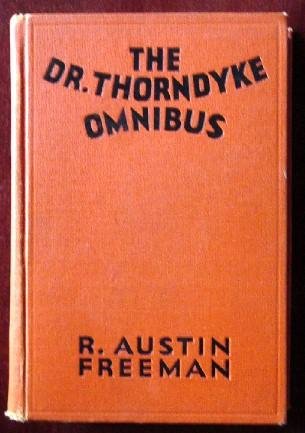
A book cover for The Dr. Thorndyke Omnibus; R.A. Freeman; Mystery, Thriller & Suspense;